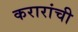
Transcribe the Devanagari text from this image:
करारांची